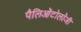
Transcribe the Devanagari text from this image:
पैलिओंटोलॉजी